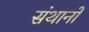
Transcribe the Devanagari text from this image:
संथानों